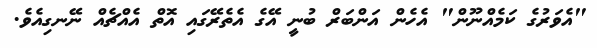
"އެވަރުގެ ކަމެއްނޫން" އެހެން އަންބަރް ބުނީ އޭގެ އެތެރޭގައި އޮތް އެއްޗެއް ނޭނގިއެވެ.